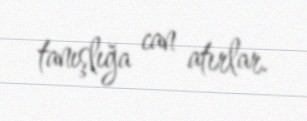
tanışlığa can atırlar.